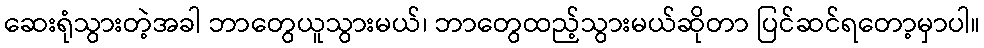
ဆေးရုံသွားတဲ့အခါ ဘာတွေယူသွားမယ်၊ ဘာတွေထည့်သွားမယ်ဆိုတာ ပြင်ဆင်ရတော့မှာပါ။